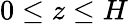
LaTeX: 0\le z\le H